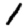
Digit: 1